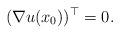
LaTeX: \begin{align*} (\nabla u(x_{0}))^{\top} = 0. \end{align*}